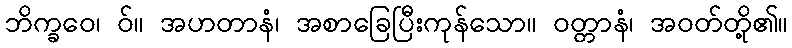
ဘိက္ခဝေ၊ ဝ်။ အဟတာနံ၊ အစာခြေပြီးကုန်သော။ ဝတ္တာနံ၊ အဝတ်တို့၏။